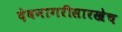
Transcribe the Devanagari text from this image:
देवनागरीसारखेच